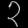
Digit: ၃